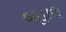
બહાલ